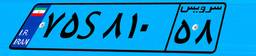
۷۵S۸۱۰۵۸